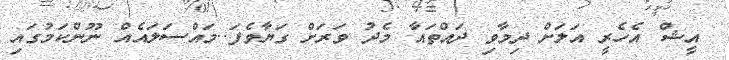
އީޝް އެހެރީ އަލަށް ދިމާވި ދައްތައާ މެދު ވަރަށް ގަޔާވެފަ..މައްސަލައެއް ނޫންކަމުގައި